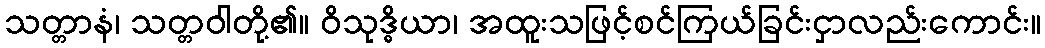
သတ္တာနံ၊ သတ္တဝါတို့၏။ ဝိသုဒ္ဓိယာ၊ အထူးသဖြင့်စင်ကြယ်ခြင်းငှာလည်းကောင်း။